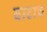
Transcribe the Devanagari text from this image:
वाटाच